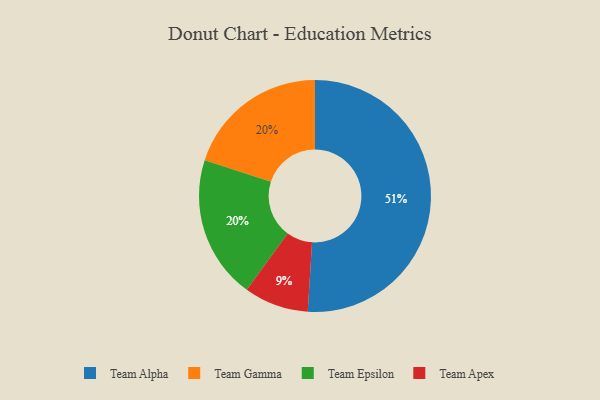
{"axis": {"x": "Category", "y": "Percentage"}, "legend": ["Team Alpha", "Team Apex", "Team Epsilon", "Team Gamma"], "data": [{"x": "Team Gamma", "y": 20, "type": "Team Gamma"}, {"x": "Team Epsilon", "y": 20, "type": "Team Epsilon"}, {"x": "Team Apex", "y": 9, "type": "Team Apex"}, {"x": "Team Alpha", "y": 51, "type": "Team Alpha"}]}